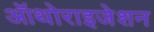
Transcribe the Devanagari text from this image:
ऑथोराइजेशन